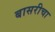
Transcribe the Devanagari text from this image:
बासरीचा